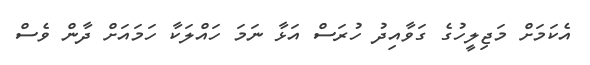
އެކަމަށް މަޖިލީހުގެ ގަވާއިދު ހުރަސް އަޅާ ނަމަ ހައްލަކާ ހަމައަށް ދާން ވެސް